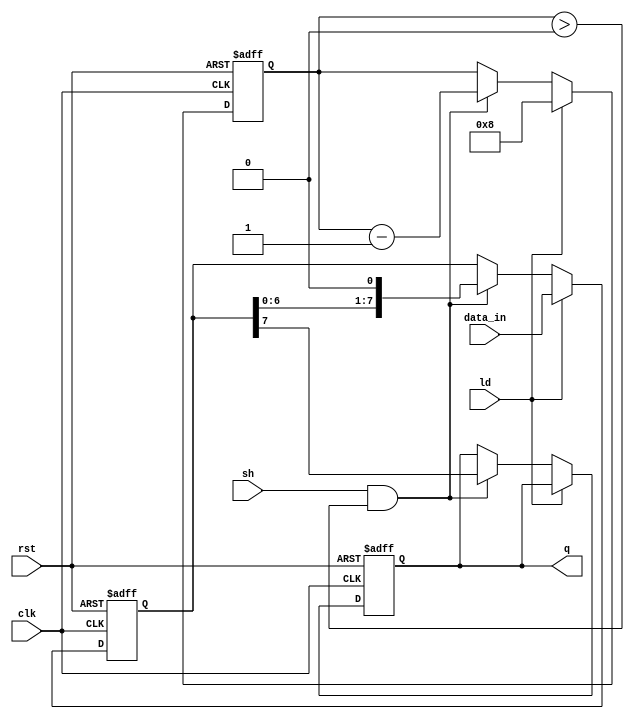
module piso_register #(
    parameter WIDTH = 8  // Configurable width of the data input
)(
    input wire [WIDTH-1:0] data_in, // Parallel input data
    input wire clk,                 // Clock signal
    input wire rst,                 // Asynchronous reset
    input wire ld,                  // Load signal
    input wire sh,                  // Shift signal
    output reg q                   // Serial output
);

    reg [WIDTH-1:0] shift_reg;      // Shift register to hold data
    reg [3:0] bit_count;             // Counter for the number of bits shifted out

    always @(posedge clk or posedge rst) begin
        if (rst) begin
            // Asynchronous reset
            shift_reg <= 0;
            q <= 0;
            bit_count <= 0;
        end else begin
            if (ld) begin
                // Load data into the shift register
                shift_reg <= data_in;
                bit_count <= WIDTH; // Reset count to the width of the input
            end else if (sh && bit_count > 0) begin
                // Shift data out serially
                q <= shift_reg[WIDTH-1];
                shift_reg <= {shift_reg[WIDTH-2:0], 1'b0}; // Shift left
                bit_count <= bit_count - 1; // Decrement bit count
            end
        end
    end

endmodule